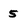
Character: 5